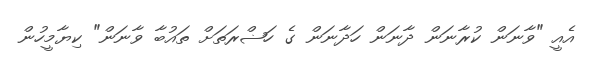
އެއީ "ވާނަން ކުރާނަން ދާނަން ހަދާނަން ގެ ހަޟްރަތަށް ތައުބާ ވާނަން" ކިޔާމީހުން